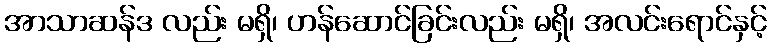
အာသာဆန်ဒ လည်း မရှိ၊ ဟန်ဆောင်ခြင်းလည်း မရှိ၊ အလင်းရောင်နှင့်